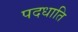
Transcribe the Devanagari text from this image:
पदधाति